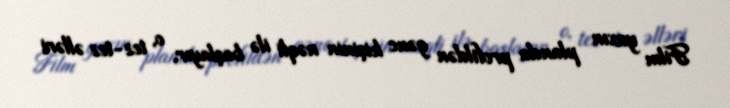
Film yaxın planda profildən gənc kişinin nəqli ilə başlayır, o, tez-tez əlləri